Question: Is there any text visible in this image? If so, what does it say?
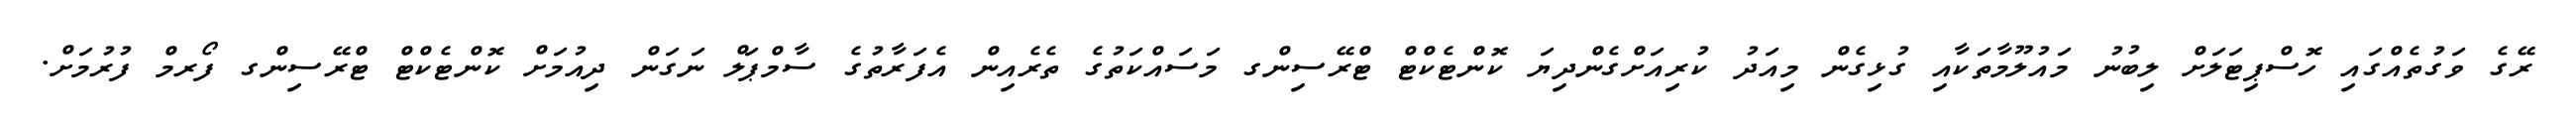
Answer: ރޭގެ ވަގުތެއްގައި ހޮސްޕިޓަލަށް ލިބުނު މައުލޫމާތަކާއި ގުޅިގެން މިއަދު ކުރިއަށްގެންދިޔަ ކޮންޓެކްޓް ޓްރޭސިންގ މަސައްކަތުގެ ތެރެއިން އެފަރާތުގެ ސާމްޕަލް ނަގަން ދިއުމަށް ކޮންޓެކްޓް ޓްރޭސިންގ ފޯރމް ފުރުމަށް.